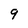
Character: 9